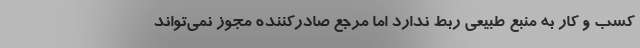
کسب و کار به منبع طبیعی ربط ندارد اما مرجع صادرکننده مجوز نمی‌تواند